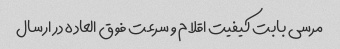
مرسی بابت کیفیت اقلام و سرعت فوق العاده در ارسال